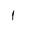
Letter: _alif